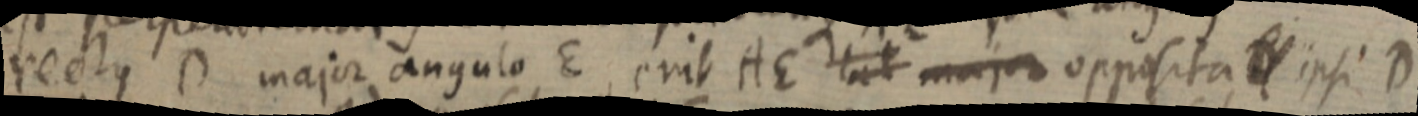
rectus D major angulo E, erit AE al major opposita _ ipsi D